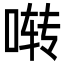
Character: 啭